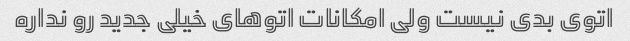
اتوی بدی نیست ولی امکانات اتوهای خیلی جدید رو نداره